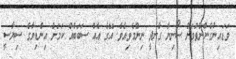
ވަޑައިނުގެންނެވުމަށް ސޯނިޔާ ގާނދީ ނިންމެވިއެވެ. އޭގެ އެއް ސަބަބެއް ކަމަށް އިންޑިޔާގެ ސިޔާސީ